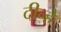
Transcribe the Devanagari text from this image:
दीन्हे